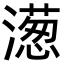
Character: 濍